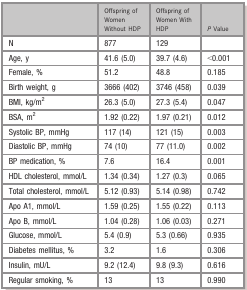
<table><thead><tr><td></td><td><b>Offspring of Women Without HDP</b></td><td><b>Offspring of Women With HDP</b></td><td><b><i>P</i> Value</b></td></tr></thead><tbody><tr><td>N</td><td>877</td><td>129</td><td></td></tr><tr><td>Age, y</td><td>41.6 (5.0)</td><td>39.7 (4.6)</td><td>&lt;0.001</td></tr><tr><td>Female, %</td><td>51.2</td><td>48.8</td><td>0.185</td></tr><tr><td>Birth weight, g</td><td>3666 (402)</td><td>3746 (458)</td><td>0.039</td></tr><tr><td>BMI, kg/m<sup>2</sup></td><td>26.3 (5.0)</td><td>27.3 (5.4)</td><td>0.047</td></tr><tr><td>BSA, m<sup>2</sup></td><td>1.92 (0.22)</td><td>1.97 (0.21)</td><td>0.012</td></tr><tr><td>Systolic BP, mmHg</td><td>117 (14)</td><td>121 (15)</td><td>0.003</td></tr><tr><td>Diastolic BP, mmHg</td><td>74 (10)</td><td>77 (11.0)</td><td>0.002</td></tr><tr><td>BP medication, %</td><td>7.6</td><td>16.4</td><td>0.001</td></tr><tr><td>HDL cholesterol, mmol/L</td><td>1.34 (0.34)</td><td>1.27 (0.3)</td><td>0.065</td></tr><tr><td>Total cholesterol, mmol/L</td><td>5.12 (0.93)</td><td>5.14 (0.98)</td><td>0.742</td></tr><tr><td>Apo A1, mmol/L</td><td>1.59 (0.25)</td><td>1.55 (0.22)</td><td>0.113</td></tr><tr><td>Apo B, mmol/L</td><td>1.04 (0.28)</td><td>1.06 (0.03)</td><td>0.271</td></tr><tr><td>Glucose, mmol/L</td><td>5.4 (0.9)</td><td>5.3 (0.66)</td><td>0.935</td></tr><tr><td>Diabetes mellitus, %</td><td>3.2</td><td>1.6</td><td>0.306</td></tr><tr><td>Insulin, mU/L</td><td>9.2 (12.4)</td><td>9.8 (9.3)</td><td>0.616</td></tr><tr><td>Regular smoking, %</td><td>13</td><td>13</td><td>0.990</td></tr></tbody></table>